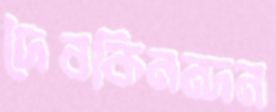
দৈবকিনন্দন